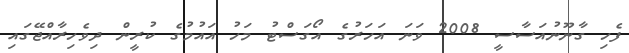
ފެހި ގާނޫނުއަސާސީ 2008 ވަނަ އަހަރުގެ އޯގަސްޓު މަހު އައުމުގެ ކުރީން ދިވެހިރާއްޖޭގައި